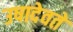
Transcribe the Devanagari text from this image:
उषादेवते